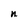
Character: n